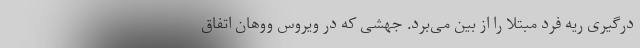
درگیری ریه فرد مبتلا را از بین می‌برد. جهشی که در ویروس ووهان اتفاق